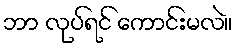
ဘာ လုပ်ရင် ကောင်းမလဲ။